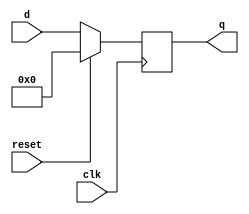
module top_module (
    input clk,
    input reset,            // Synchronous reset
    input [7:0] d,
    output [7:0] q
);
    always @(posedge clk)  begin
        if (reset==1)
            q=0;
    else
        q=d;
    end

endmodule